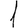
Digit: 1